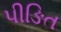
પીઙિત